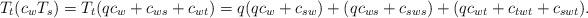
LaTeX: \begin{align*}T_t(c_{w}T_s)=T_t(qc_{w}+c_{ws}+c_{wt})=q(qc_{w}+c_{sw})+(qc_{ws}+c_{sws})+(qc_{wt}+c_{twt}+c_{swt}).\end{align*}